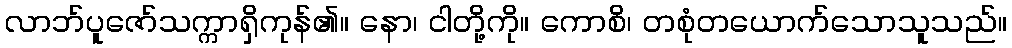
လာဘ်ပူဇော်သက္ကာရှိကုန်၏။ နော၊ ငါတို့ကို။ ကောစိ၊ တစုံတယောက်သောသူသည်။